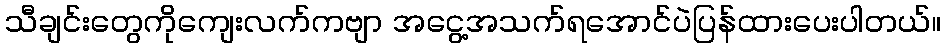
သီချင်းတွေကိုကျေးလက်ကဗျာ အငွေ့အသက်ရအောင်ပဲပြန်ထားပေးပါတယ်။